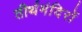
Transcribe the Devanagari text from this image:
तीर्थमंदिरों